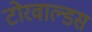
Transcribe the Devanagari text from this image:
टोरवाल्डस